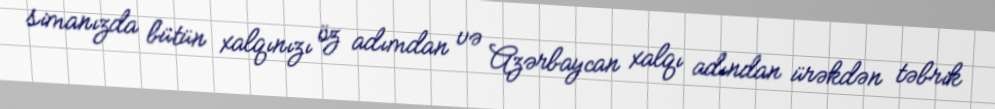
simanızda bütün xalqınızı öz adımdan və Azərbaycan xalqı adından ürəkdən təbrik